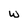
Character: w